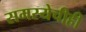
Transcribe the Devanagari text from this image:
समस्येचीही